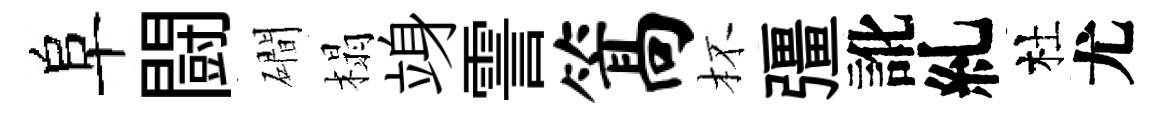
阜闘磵榻竧霅篙杯彊訛糺杜尤